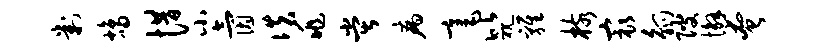
判鸪惜小氤佚兆堂病毫比视鸡核最觚陂懈奄